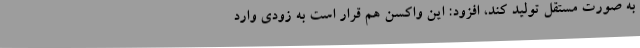
به صورت مستقل تولید کند، افزود: این واکسن هم قرار است به زودی وارد